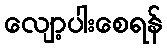
လျော့ပါးစေရန်